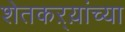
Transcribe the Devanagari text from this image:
शेतकऱ्य़ांच्या